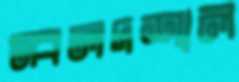
স্বলদশাল